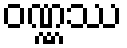
ဝဏ္ဏဿ